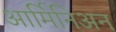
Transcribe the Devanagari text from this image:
आर्मिनिअन